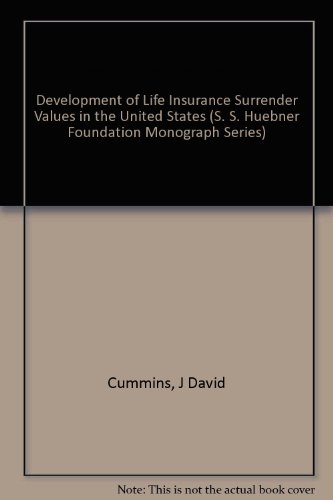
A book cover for Development of Life Insurance Surrender Values in the United States (S. S. Huebner Foundation Monograph Series); J David Cummins; Business & Money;